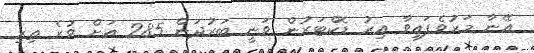
އޭނާ މަރުވެފައިވާ އިރު ޑޮކްޓަރުން ވަނީ ބަރުދަން 285 އަށް ވުރެ ތިރި